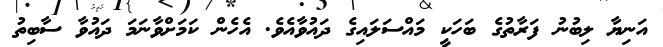
އަނިޔާ ލިބުނު ފަރާތުގެ ބަހަކީ މައްސަލައިގެ ދައުވާއެވެ. އެހެން ކަމަށްވާނަމަ ދައުވާ ސާބިތު